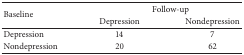
| <ROWSPAN=2> Baseline | <COLSPAN=2> Follow-up |
 | Depression | Nondepression |
 | --- | --- | --- |
 | Depression | 14 | 7 |
 | Nondepression | 20 | 62 |